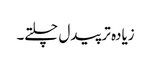
زیادہ تر پیدل چلتے۔